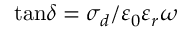
\tan \! \delta = \sigma _ { d } / \varepsilon _ { 0 } \varepsilon _ { r } \omega